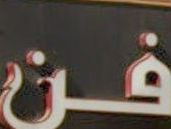
فن